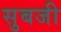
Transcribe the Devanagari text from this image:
सुबजी